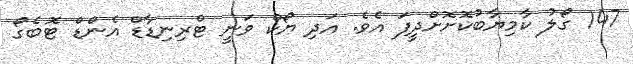
147 ގޯލު ކާމިޔާބުކޮށޮށްދީފަ އެވެ. އަދި ޔޯކް ވަނީ ޓްރިނިޑާޑް އެންޑް ޓޮބެގޯ